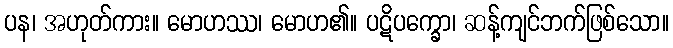
ပန၊ အဟုတ်ကား။ မောဟဿ၊ မောဟ၏။ ပဋိပက္ခော၊ ဆန့်ကျင်ဘက်ဖြစ်သော။